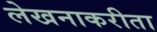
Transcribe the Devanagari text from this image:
लेखनाकरीता